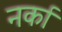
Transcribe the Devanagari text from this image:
नर्का